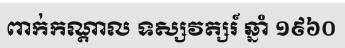
ពាក់កណ្តាល ទស្សវត្សរ៍ ឆ្នាំ ១៩៦០